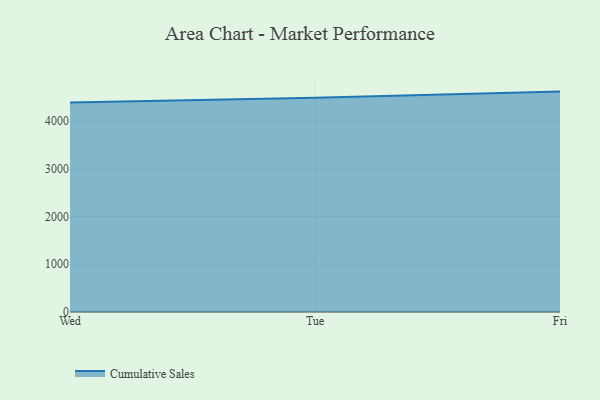
{"axis": {"x": "Day", "y": "Churn Rate (%)"}, "legend": ["Cumulative Sales"], "data": [{"x": "Wed", "y": 4391.3, "type": "Cumulative Sales"}, {"x": "Tue", "y": 4490.9, "type": "Cumulative Sales"}, {"x": "Fri", "y": 4617.6, "type": "Cumulative Sales"}]}